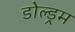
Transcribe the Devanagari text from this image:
डोल्ड्रम